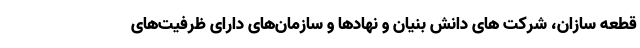
قطعه سازان، شرکت های دانش بنیان و نهادها و سازمان‌های دارای ظرفیت‌های